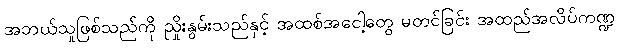
အဘယ်သူဖြစ်သည်ကို ညှိုးနွမ်းသည်နှင့် အထစ်အငေါ့တွေ မတင်ခြင်း အထည်အလိပ်ကဏ္ဍ